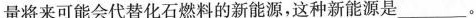
量将来可能会代替化石燃料的新能源，这种新能源是___。